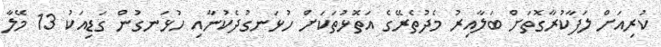
ކުރިއަށް ލަފާކުރާގޮތަށް ބަލާއިރު މެދުތެރޭގެ އަތޮޅުތަކަށް ހުޅަނގުދެކުނާއި ހުޅަނގުން ގަޑިއަކު 13 މޭލާ